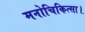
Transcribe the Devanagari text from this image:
मनोचिकित्सा।